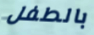
بالطفل